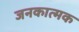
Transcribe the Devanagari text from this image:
जनकात्मक